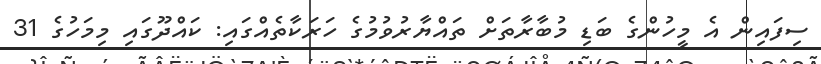
ސިފައިން އެ މީހުންގެ ބަޑި މުބާރާތަށް ތައްޔާރުވުމުގެ ހަރަކާތެއްގައި: ކައްދޫގައި މިމަހުގެ 31